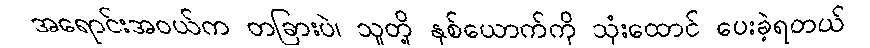
အရောင်းအဝယ်က တခြားပဲ၊ သူတို့ နှစ်ယောက်ကို သုံးထောင် ပေးခဲ့ရတယ်